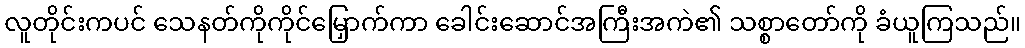
လူတိုင်းကပင် သေနတ်ကိုကိုင်မြှောက်ကာ ခေါင်းဆောင်အကြီးအကဲ၏ သစ္စာတော်ကို ခံယူကြသည်။